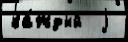
ка́ждый  j